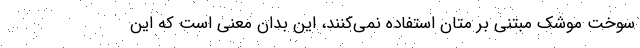
سوخت موشک مبتنی بر متان استفاده نمی‌کنند، این بدان معنی است که این